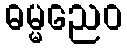
ဓမ္မညေဝ